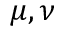
\mu , \nu